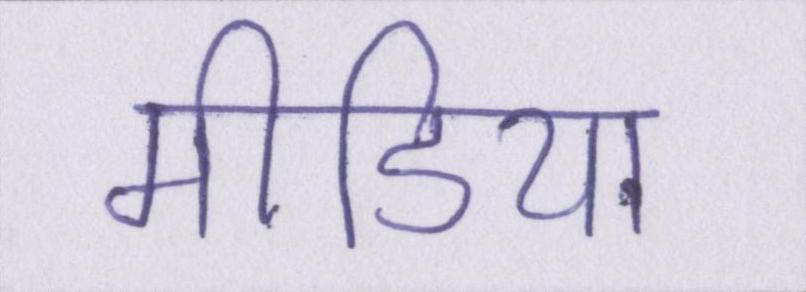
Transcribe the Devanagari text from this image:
मीडिया